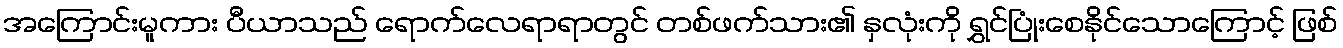
အကြောင်းမူကား ပီယာသည် ရောက်လေရာရာတွင် တစ်ဖက်သား၏ နှလုံးကို ရွှင်ပြုံးစေနိုင်သောကြောင့် ဖြစ်